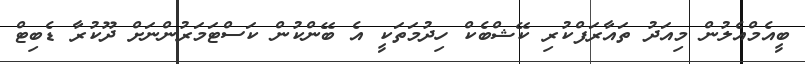
ބީއެމްއެލުން މިއަދު ތައާރަފްކުރި ކޭޝްބެކް ހިދުމަތަކީ އެ ބޭންކުން ކަސްޓަމަރުންނަށް ދޫކުރާ ޑެބިޓް